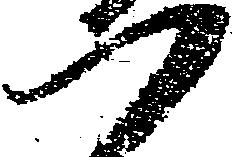
つ